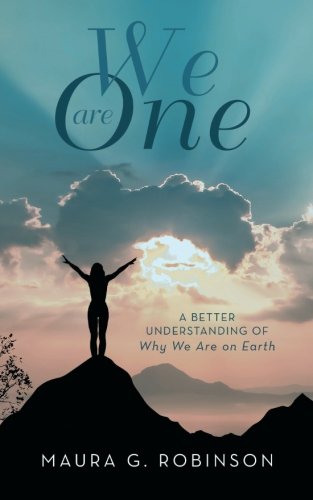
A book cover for We Are One: A Better Understanding of Why We Are on Earth; Maura G. Robinson; Religion & Spirituality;